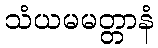
သံယမမတ္တာနံ